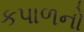
કપાળનો